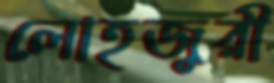
লোহজুরী